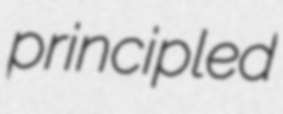
principled